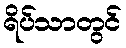
ရိပ်သာတွင်